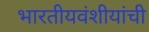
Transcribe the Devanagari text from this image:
भारतीयवंशीयांची